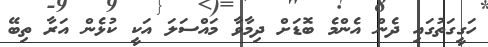
ހަގީގަތުގައި ދެން އެންމެ ބޮޑަށް ދިމާވާ މައްސަލަ އަކީ ކުޅެން އަރާ ތިބޭ